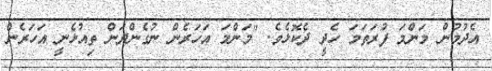
އެދުމުން މަންމަ ފުރަތަމަ ހެދީ ދެކޮޅެވެ. "މަންމަ އަހަރެން ނުގެންދަން ތިއުޅެނީ އަހަރެން